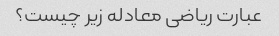
عبارت ریاضی معادله زیر چیست؟